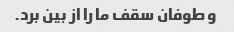
و طوفان سقف ما را از بین برد.